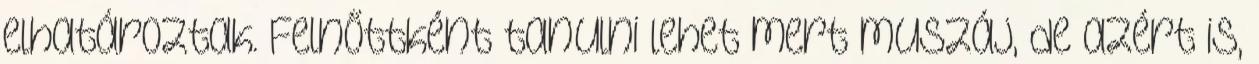
elhatároztak. Felnőttként tanulni lehet mert muszáj, de azért is,